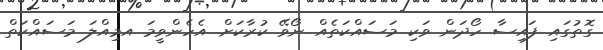
ގޮތުގައި ފައިސާ ހޯދަން ވަކި މަސައްކަތެއް ނޯވޭ ކުރާކަށް. އެހެންވީމަ އމިއްލަ މަސައްކަތް